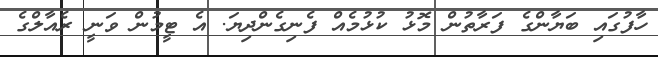
ހާފުގައި ބަޔާންގެ ފަރާތުން މޮޅު ކުޅުމެއް ފެނިގެންދިޔަ. އެ ޓީމުން ވަނީ ރެއާލްގެ